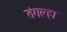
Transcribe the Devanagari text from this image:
तंगल्हा